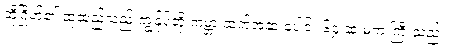
ထိုဂြိုဟ်၏ ထုထည်သည် ကျွန်ုပ်တို့ ကမ္ဘာ ထက်အဆ ပေါင်း ၆၄ ဆ မက ကြီးသည်။